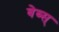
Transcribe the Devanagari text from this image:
बेब्स्